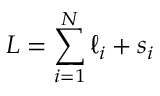
L = \sum _ { i = 1 } ^ { N } \ell _ { i } + s _ { i }